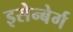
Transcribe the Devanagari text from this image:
इसेन्बेर्ग